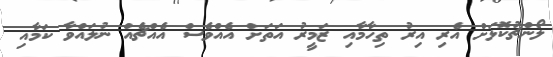
ލޯންޗުކޮޅަށް އެރި އިރު ތިހާމާއި ޒަމީރު އަތަށް އެއްވެސް އެއްޗެއް ނުލައްވާ ކަމާއި